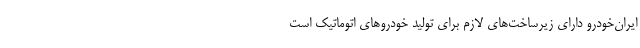
ایران‌خودرو دارای زیرساخت‌های لازم برای تولید خودروهای اتوماتیک است